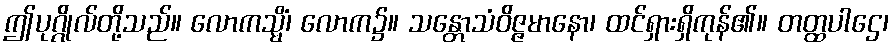
ဤပုဂ္ဂိုလ်တို့သည်။ လောကသ္မိံ၊ လောက၌။ သန္တောသံဝိဇ္ဇမာနော၊ ထင်ရှားရှိကုန်၏။ တတ္ထပါဌေ၊